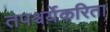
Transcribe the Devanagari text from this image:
तपश्चर्येकरिता